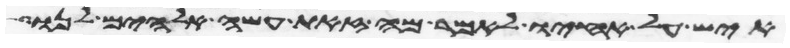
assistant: איש על אחיו לאמר מה זאת עשה אלהים לנו